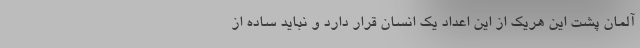
آلمان پشت این هریک از این اعداد یک انسان قرار دارد و نباید ساده از